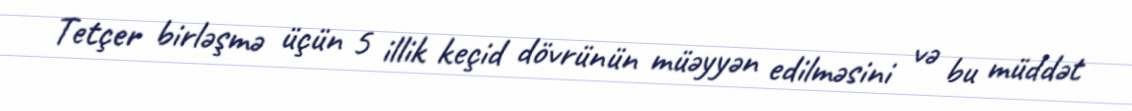
Tetçer birləşmə üçün 5 illik keçid dövrünün müəyyən edilməsini və bu müddət